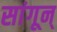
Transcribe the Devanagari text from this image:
सांगून्